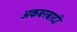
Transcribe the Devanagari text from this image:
अकबरबादी